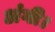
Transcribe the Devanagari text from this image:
अंगी।